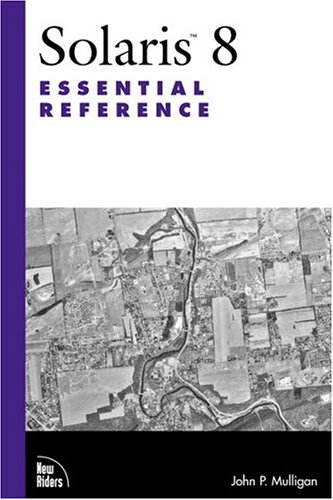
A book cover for Solaris 8 Essential Reference; John Mulligan; Computers & Technology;